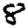
Digit: 8